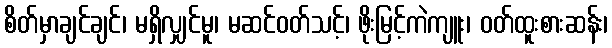
စိတ်မှာချင်ချင်၊ မရှိလျှင်မူ၊ မဆင်ဝတ်သင့်၊ ဖိုးမြင့်ကဲကျူး၊ ဝတ်ထူးစားဆန်း၊